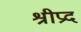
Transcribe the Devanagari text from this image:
श्रीप्रद